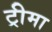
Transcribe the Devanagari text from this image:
ट्रीमा